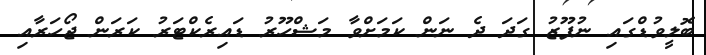
ބޮލީވުޑްގައި ނުފޫޒު ގަދަ ދެ ނަން ކަމަށްވާ މަޝްހޫރު ޑައިރެކްޓަރު ކަރަން ޖޯހަރާއި